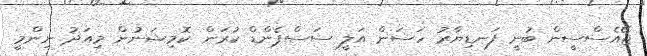
ޖޭއެސްސީން ބުނީ ފަނޑިޔާރު ހަސަން އަލީ ސަސްޕެންޑް ކުރަން ކޮމިޝަނުން މިއަދު ނިންމީ